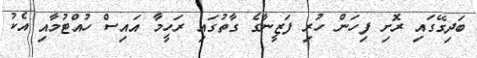
ބަދިގޭގައި ރޮށި ފިހަން ހުރި ފަޒީނާގެ ގާތުގައި ރަހީމާ އައިސް ހުއްޓުމާއި އެކު